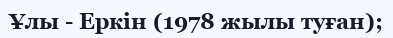
Ұлы - Еркін (1978 жылы туған);